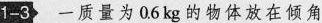
1-3 一质量为0.6kg的物体放在倾角